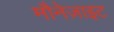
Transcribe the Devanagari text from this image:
मौनेज़ाइट